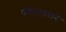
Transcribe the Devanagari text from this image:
फोडणाराने